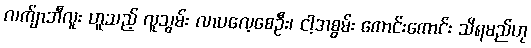
လက်ျာဘီလူး ဟူသည့် လူသွမ်း လာပလေ့စေဦး၊ ငါ့အစွမ်း ကောင်းကောင်း သိရမည်ဟု